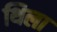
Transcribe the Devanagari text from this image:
थिला